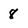
Character: 8